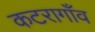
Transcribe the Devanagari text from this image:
कटरागाँव